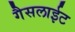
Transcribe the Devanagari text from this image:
गैसलाईट